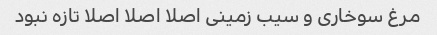
مرغ سوخاری و سیب زمینی اصلا اصلا اصلا تازه نبود